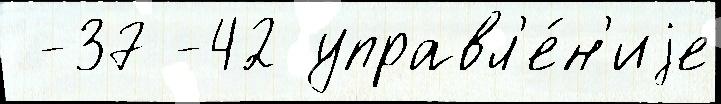
 -37 -42 управл'е́н'иjе